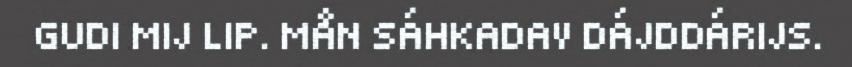
GUDI MIJ LIP. MÅN SÁHKADAV DÁJDDÁRIJS.